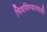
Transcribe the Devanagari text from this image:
भिवविण्यासाठी